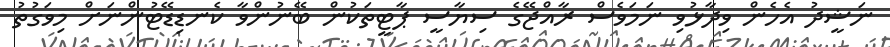
ނަޝީދު އެހެން ވިދާޅުވި ނަމަވެސް ރާއްޖޭގެ ސިޔާސީ ޕާޓީތަކުން ބޭނުންވާ ކެނޑިޑޭޓުންނަށް މިވަގުތު